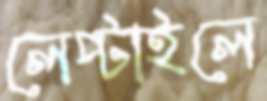
লেপ্‌টাইলে